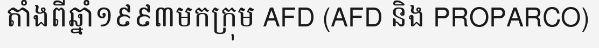
តាំងពីឆ្នាំ១៩៩៣មកក្រុម AFD (AFD និង PROPARCO)